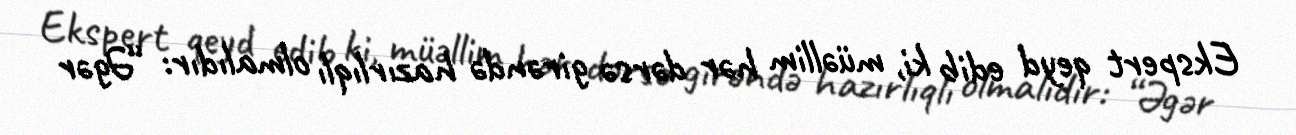
Ekspert qeyd edib ki, müəllim hər dərsə girəndə hazırlıqlı olmalıdır: “Əgər